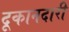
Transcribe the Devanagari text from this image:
दूकानदारी